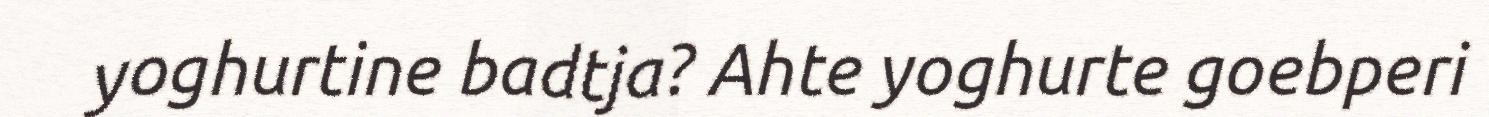
yoghurtine badtja? Ahte yoghurte goebperi